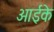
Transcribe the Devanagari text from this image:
आईके